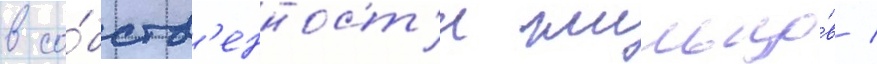
в со́бств'енност'и жильцо́в /